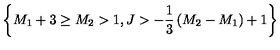
\left\{ M _ { 1 } + 3 \ge M _ { 2 } > 1 , J > - { \frac { 1 } { 3 } } \left( M _ { 2 } - M _ { 1 } \right) + 1 \right\}